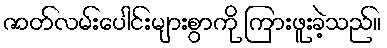
ဇာတ်လမ်းပေါင်းများစွာကို ကြားဖူးခဲ့သည်။